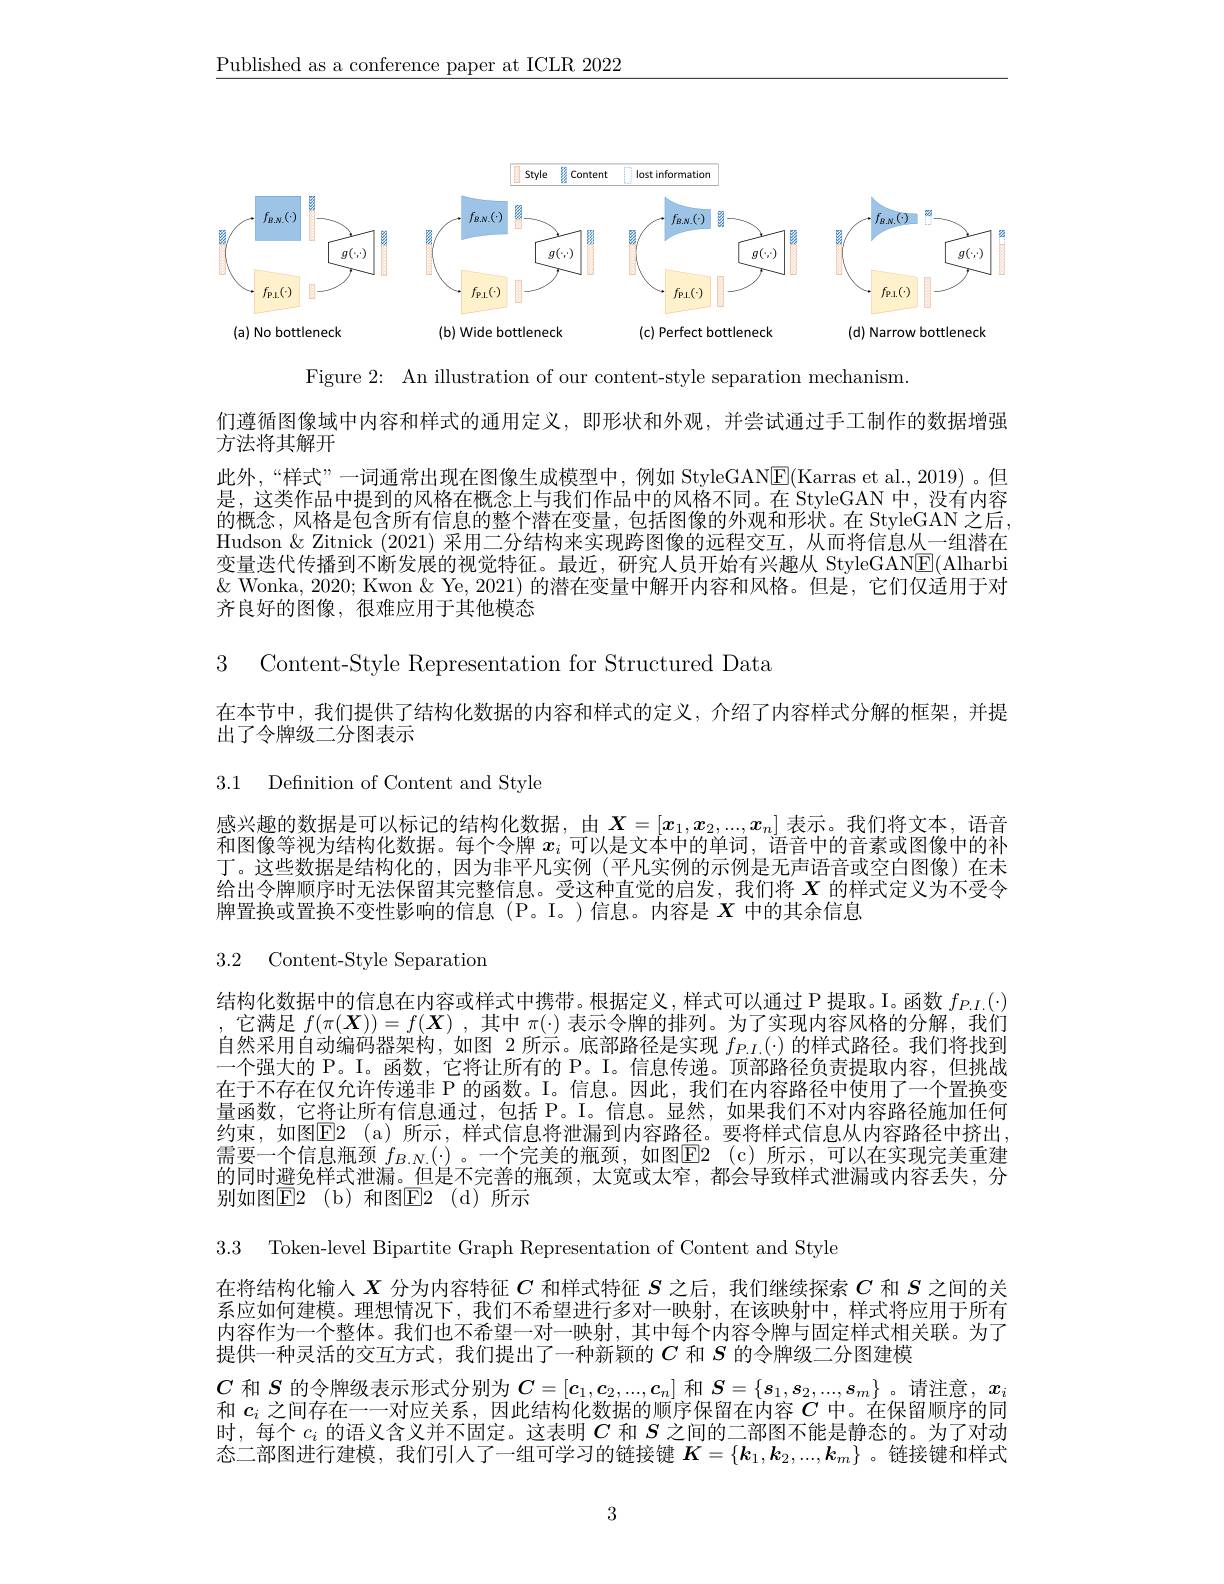
$\underline{\text{Published as a conference paper at ICLR 2022}}$

<FigureHere>

Figure 2: An illustration of our content-style separation mechanism.

们遵循图像域中内容和样式的通用定义，即形状和外观，并尝试通过手工制作的数据增强

方法将其解开

此外，“样式”一词通常出现在图像生成模型中，例如 StyleGAN$\boxed{\mathrm{F}}($Karras et al.,2019)。但是，这类作品中提到的风格在概念上与我们作品中的风格不同。在 StyleGAN 中，没有内容的概念，风格是包含所有信息的整个潜在变量，包括图像的外观和形状。在 StyleGAN 之后， Hudson & Zitnick (2021)采用二分结构来实现跨图像的远程交互，从而将信息从一组潜在变量迭代传播到不断发展的视觉特征。最近，研究人员开始有兴趣从 StyleGAN$\underline{\mathrm{E}}($Alharbi $\&$ Wonka, 2020; Kwon & Ye, 2021) 的潜在变量中解开内容和风格。但是，它们仅适用于对齐良好的图像，很难应用于其他模态

3 ${\mathrm{Content- Style~Representation~for~Structured~Data}}$

在本节中，我们提供了结构化数据的内容和样式的定义，介绍了内容样式分解的框架，并提
出了令牌级二分图表示

3.1 Definition of Content and Style

感兴趣的数据是可以标记的结构化数据，由$X=[x_1,x_2,...,x_n]$ 表示。我们将文本，语音和图像等视为结构化数据。每个令牌$x_i$可以是文本中的单词，语音中的音素或图像中的补丁。这些数据是结构化的，因为非平凡实例(平凡实例的示例是无声语音或空白图像)在未给出令牌顺序时无法保留其完整信息。受这种直觉的启发，我们将$X$的样式定义为不受令牌置换或置换不变性影响的信息(P。I。)信息。内容是$X$中的其余信息

3.2 Content-Style Separation

结构化数据中的信息在内容或样式中携带。根据定义，样式可以通过 P 提取。I。函数$f_{P.I.}(\cdot)$ ,它满足$f(\pi(\boldsymbol{X}))=f(\boldsymbol{X})$ ,其中$\pi(\cdot)$表示令牌的排列。为了实现内容风格的分解，我们自然采用自动编码器架构，如图 2 所示。底部路径是实现$f_{P.I}(\cdot)$的样式路径。我们将找到一个强大的 P。I。函数，它将让所有的 P。I。信息传递。顶部路径负责提取内容，但挑战在于不存在仅允许传递非 P 的函数。I。信息。因此，我们在内容路径中使用了一个置换变量函数，它将让所有信息通过，包括 P。I。信息。显然，如果我们不对内容路径施加任何约束，如图$\operatorname { E2}$ (a)所示，样式信息将泄漏到内容路径。要将样式信息从内容路径中挤出， 需要一个信息瓶颈 $f_{B.N.}(\cdot)$。一个完美的瓶颈，如图$\overline{\mathrm{E}}2$ (c)所示，可以在实现完美重建的同时避免样式泄漏。但是不完善的瓶颈，太宽或太窄，都会导致样式泄漏或内容丢失，分

别如图$\mathbb{E}$2(b)和图$\mathbb{E}$2(d)所示

3.3 Token-level Bipartite Graph Representation of Content and Style

在将结构化输人$X$分为内容特征$C$和样式特征$S$之后，我们继续探索$C$和$S$之间的关系应如何建模。理想情况下，我们不希望进行多对一映射，在该映射中，样式将应用于所有内容作为一个整体。我们也不希望一对一映射，其中每个内容令牌与固定样式相关联。为了提供一种灵活的交互方式，我们提出了一种新颖的$C$和$S$的令牌级二分图建模
$C$和$S$的令牌级表示形式分别为$C=[c_1,c_2,...,c_n]$和$S=\{s_1,s_2,...,s_m\}$。请注意$,x_i$ 和$c_i$之间存在一一对应关系，因此结构化数据的顺序保留在内容$C$中。在保留顺序的同时，每个$c_i$的语义含义并不固定。这表明$C$和$S$之间的二部图不能是静态的。为了对动态二部图进行建模，我们引入了一组可学习的链接键$K=\{\boldsymbol{k}_1,\boldsymbol{k}_2,...,\boldsymbol{k}_m\}$ 。链接键和样式

3